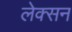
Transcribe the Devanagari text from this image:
लेक्सन